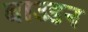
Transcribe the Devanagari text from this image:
बाउडन